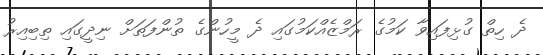
ދެ ހިތް ގުޅިފައިވާ ކަމުގެ ރަމްޒެއްކަމުގައި ދެ މީހުންގެ ތުންފަތަށް ނިދީގައި ތިބިއިރު